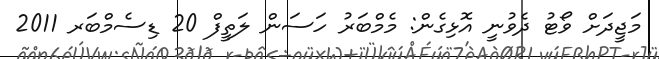
މަޖީދަށް ވޯޓު ދެވުނީ އޮޅިގެން: މެމްބަރު ހަސަން ލަތީފް 20 ޑިސެމްބަރ 2011